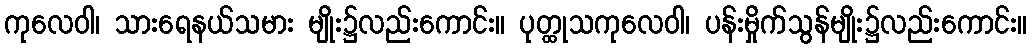
ကုလေဝါ၊ သားရေနယ်သမား မျိုး၌လည်းကောင်း။ ပုတ္ထုသကုလေဝါ၊ ပန်းမှိုက်သွန်မျိုး၌လည်းကောင်း။